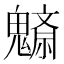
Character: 𩴚